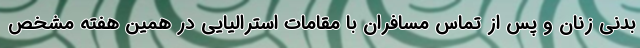
بدنی زنان و پس از تماس مسافران با مقامات استرالیایی در همین هفته مشخص